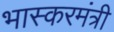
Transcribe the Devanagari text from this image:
भास्करमंत्री